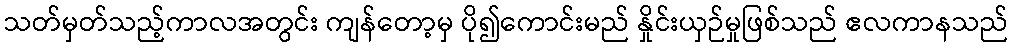
သတ်မှတ်သည့်ကာလအတွင်း ကျန်တော့မှ ပို၍ကောင်းမည် နှိုင်းယှဉ်မှုဖြစ်သည် ဧလကာနသည်